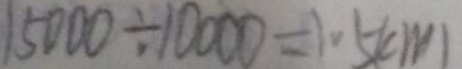
1 5 0 0 0 \div 1 0 0 0 0 = 1 . 5 ( c m )